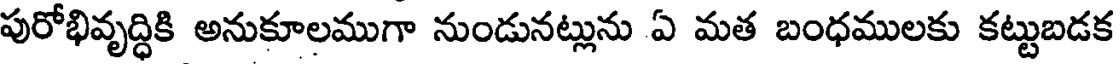
పురోభివృద్ధికి అనుకూలముగా నుండునట్లును ఏ మత బంధములకు కట్టుబడక